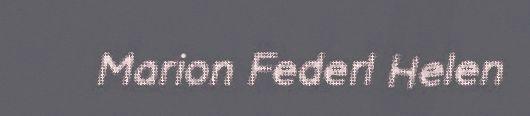
Marion Federl Helen